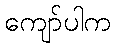
ကျော်ပါက